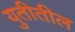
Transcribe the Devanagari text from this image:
युतीतील